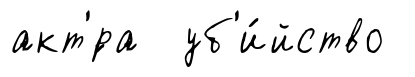
акт'́ра уб'и́йство